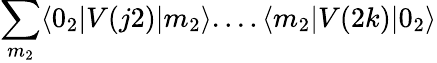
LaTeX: \sum_{m_{2}}\langle 0_{2}|V(j2)|m_{2}\rangle....\langle m_{2}|V(2k)|0_{2}\rangle